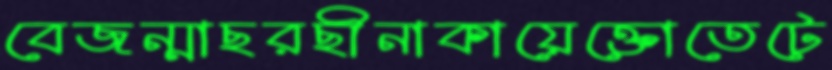
বেজন্মাছরছীনাকায়েক্তোতেটে